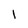
Character: 1